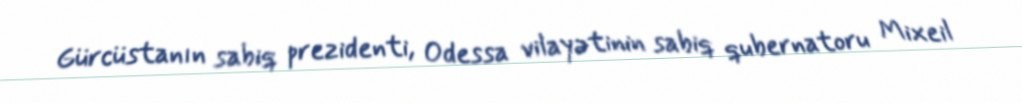
Gürcüstanın sabiq prezidenti, Odessa vilayətinin sabiq qubernatoru Mixeil